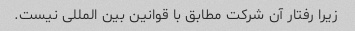
زیرا رفتار آن شرکت مطابق با قوانین بین المللی نیست.